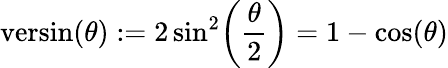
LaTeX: {\textrm{versin}}(\theta):=2\sin^{2}\! \left({\frac{\theta}{2}}\right)=1-\cos(\theta)